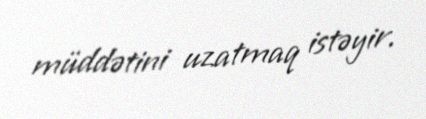
müddətini uzatmaq istəyir.